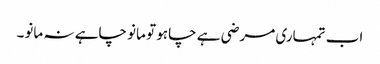
اب تمہاری مرضی ہے چاہو تو مانو چاہے نہ مانو۔